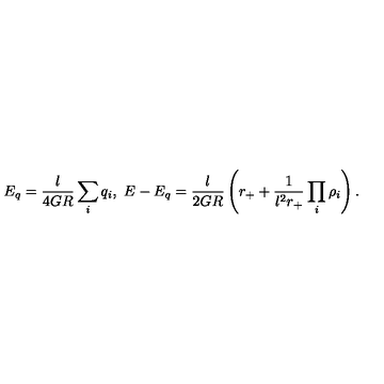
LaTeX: E _ { q } = \frac { l } { 4 G R } \sum _ { i } q _ { i } , \ E - E _ { q } = \frac { l } { 2 G R } \left( r _ { + } + \frac { 1 } { l ^ { 2 } r _ { + } } \prod _ { i } \rho _ { i } \right) .